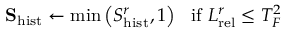
\mathbf { S } _ { \mathrm { h i s t } } \leftarrow \mathrm { m i n } \left( S _ { \mathrm { h i s t } } ^ { r } , 1 \right) \ \ \mathrm { i f } \ L _ { \mathrm { r e l } } ^ { r } \leq T _ { F } ^ { 2 }